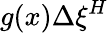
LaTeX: g(x)\Delta\xi^{H}